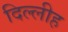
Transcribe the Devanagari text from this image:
दिल्लीह